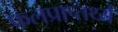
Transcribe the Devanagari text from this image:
फलप्राप्तर्थ्य